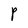
Character: P